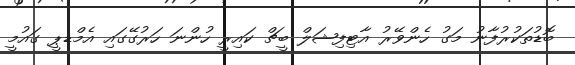
ބޮޑުތަކުރުފާނު މަގު ހެންވޭރު އާޓިފިޝަލް ބީޗް ކައިރީ ހުންނަ ހަރުގޭގައި އެމްޑޕީ ގައުމީ